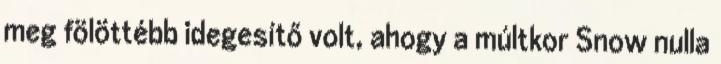
meg fölöttébb idegesítő volt, ahogy a múltkor Snow nulla